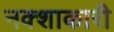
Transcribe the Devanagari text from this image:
नक्शाकारी